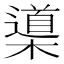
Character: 𣜦